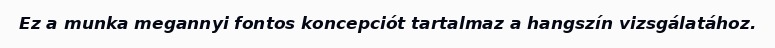
Ez a munka megannyi fontos koncepciót tartalmaz a hangszín vizsgálatához.